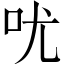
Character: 㕱